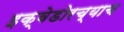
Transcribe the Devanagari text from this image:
इक्वेडोरच्याच